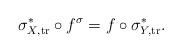
LaTeX: \begin{align*} \sigma_{X, \mathrm{tr}}^* \circ f^\sigma = f \circ \sigma_{Y, \mathrm{tr}}^*.\end{align*}